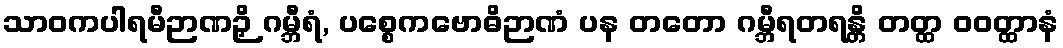
သာဝကပါရမီဉာဏဉှိ ဂမ္ဘီရံ, ပစ္စေကဗောဓိဉာဏံ ပန တတော ဂမ္ဘီရတရန္တိ တတ္ထ ဝဝတ္ထာနံ